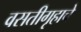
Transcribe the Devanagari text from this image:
वसतीगृहाचे